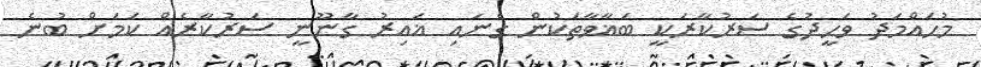
މުހައްމަދު ވަހީދުގެ ސަރުކާރަކީ ބަޣާވާތަކުން ގެނައި ޣައިރު ގާނޫނީ ސަރުކާރެއް ކަމަށް ބުނެ